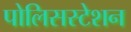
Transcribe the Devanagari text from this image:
पोलिसस्टेशन